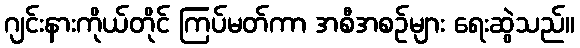
ဂျင်းနားကိုယ်တိုင် ကြပ်မတ်ကာ အစီအစဉ်များ ရေးဆွဲသည်။